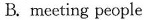
B. meeting people